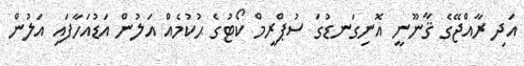
އަދި ރާއްޖޭގެ ޤާނޫނީ އޮނިގަނޑުގަ ސުޕްރީމް ކޯޓުގެ ޙުކުމެއް އަލުން އަޑުއަހާފައި އަލުން